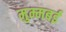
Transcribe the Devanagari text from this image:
मुम्मबई